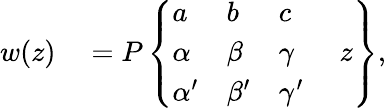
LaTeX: {\begin{array}{rl}{w(z)}&{{}=P\left\{ {\begin{array}{llll}{a}&{b}&{c}&{}\\ {\alpha}&{\beta}&{\gamma}&{\; z}\\ {\alpha^{\prime}}&{\beta^{\prime}}&{\gamma^{\prime}}&{}\end{array}}\right\} }\end{array}},